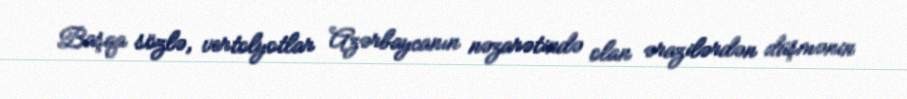
Başqa sözlə, vertolyotlar Azərbaycanın nəzarətində olan ərazilərdən düşmənin